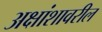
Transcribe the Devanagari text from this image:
अक्षांशावरील